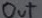
Text: out